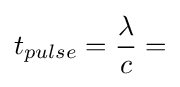
t_{pulse}={\frac {\lambda }{c}}=